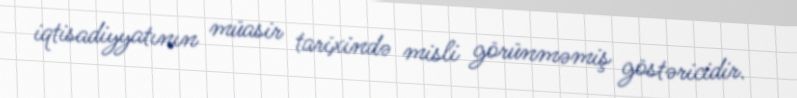
iqtisadiyyatının müasir tarixində misli görünməmiş göstəricidir.